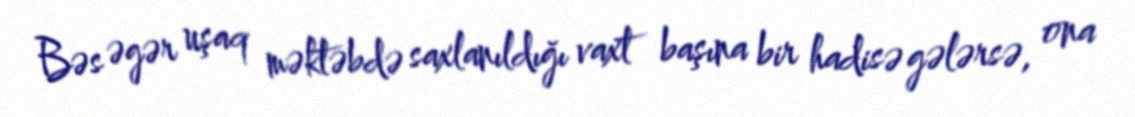
Bəs əgər uşaq məktəbdə saxlanıldığı vaxt başına bir hadisə gələrsə, ona